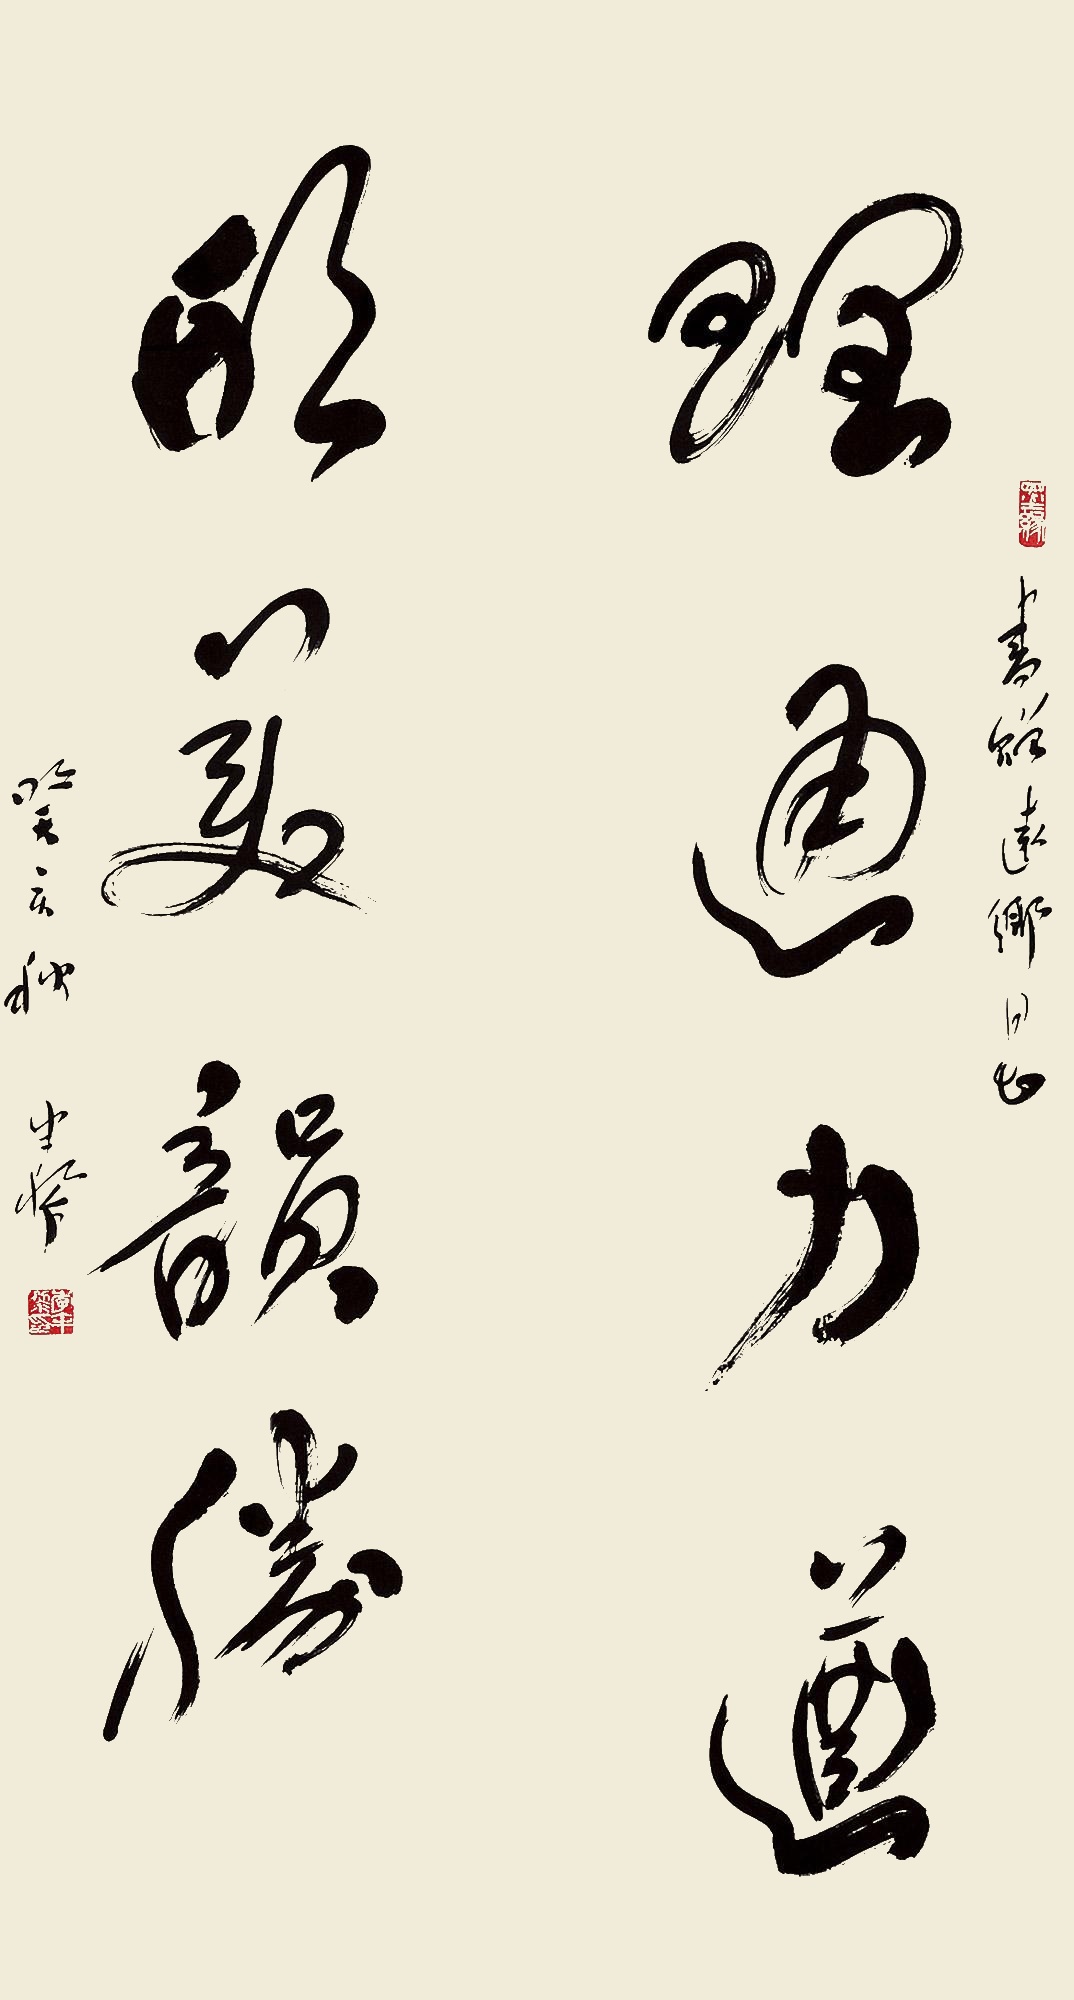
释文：理通力遒，形美韵胜。书赠远香同志。癸亥秋，半黎。